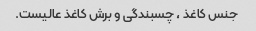
جنس کاغذ ، چسبندگی و برش کاغذ عالیست.